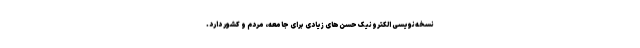
نسخه‌نویسی الکترونیک حُسن‌های زیادی برای جامعه، مردم و کشور دارد.